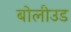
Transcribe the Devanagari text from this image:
बोलीउड